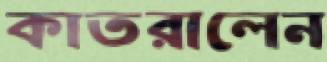
কাতরালেন